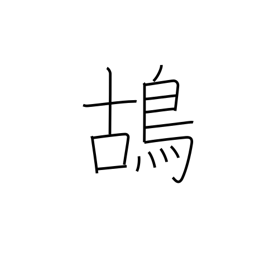
Meaning: partridge